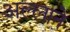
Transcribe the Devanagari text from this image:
अल्लाने